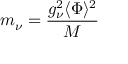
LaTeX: m _ { \nu } = \frac { g _ { \nu } ^ { 2 } \langle \Phi \rangle ^ { 2 } } { M }